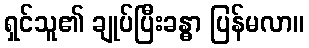
ရှင်သူ၏ ချုပ်ပြီးခန္ဓာ ပြန်မလာ။